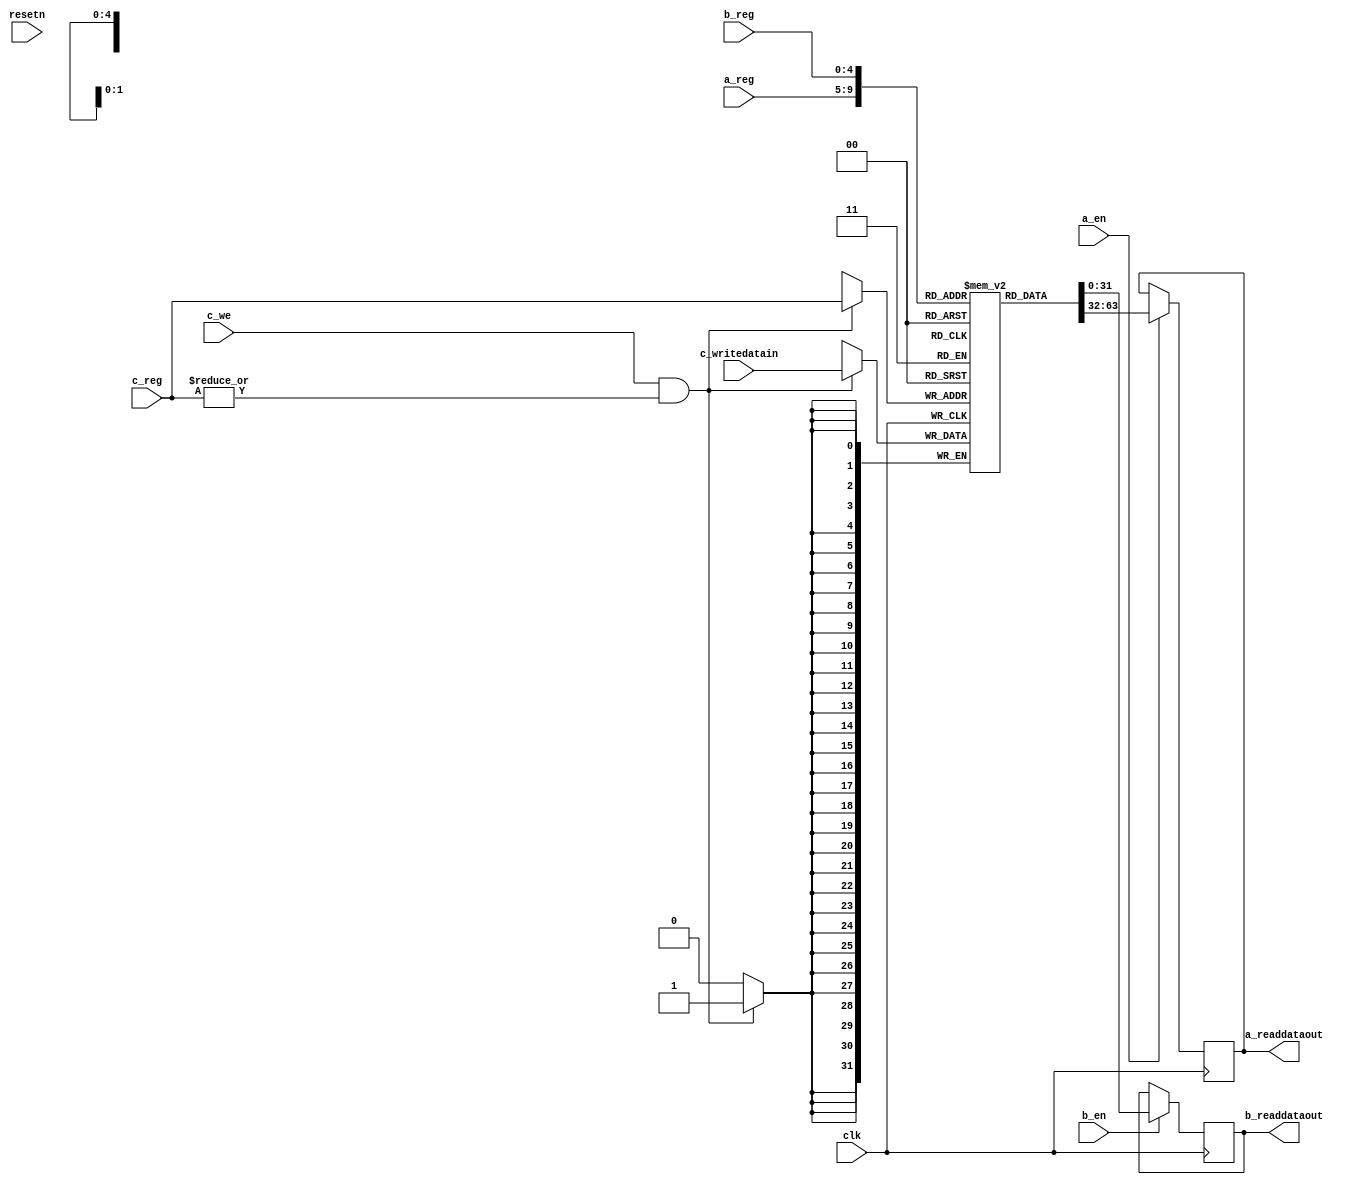
module reg_file_spree(clk,resetn, 
	a_reg, a_readdataout, a_en,
	b_reg, b_readdataout, b_en,
	c_reg, c_writedatain, c_we);

parameter WIDTH=32;
parameter NUMREGS=32;
parameter LOG2NUMREGS=5;

input clk;
input resetn;

input a_en;
input b_en;

input [LOG2NUMREGS-1:0] a_reg,b_reg,c_reg;
output [WIDTH-1:0] a_readdataout, b_readdataout;
input [WIDTH-1:0] c_writedatain;
input c_we;

reg [WIDTH-1:0] a_readdataout, b_readdataout;
reg [31:0] rf [31:0];
always @(posedge clk) begin
	if(a_en) begin
		a_readdataout <= rf[a_reg];
	end

	if(b_en) begin
		b_readdataout <= rf[b_reg];
	end

	if(c_we&(|c_reg)) begin
		rf[c_reg] <= c_writedatain;
	end
end

/*
	altsyncram	reg_file1(
				.wren_a (c_we&(|c_reg)),
				.clock0 (clk),
        .clock1 (clk),
        .clocken1 (a_en),
				.address_a (c_reg[LOG2NUMREGS-1:0]),
				.address_b (a_reg[LOG2NUMREGS-1:0]),
				.data_a (c_writedatain),
				.q_b (a_readdataout)
        // synopsys translate_off
        ,
        .aclr0 (1'b0),
        .aclr1 (1'b0),
        .byteena_a (1'b1),
        .byteena_b (1'b1),
        .data_b (32'b11111111),
        .wren_b (1'b0),
        .rden_b(1'b1),
        .q_a (),
        .clocken0 (1'b1),
        .addressstall_a (1'b0),
        .addressstall_b (1'b0)
        // synopsys translate_on
    );
	defparam
		reg_file1.operation_mode = "DUAL_PORT",
		reg_file1.width_a = WIDTH,
		reg_file1.widthad_a = LOG2NUMREGS,
		reg_file1.numwords_a = NUMREGS,
		reg_file1.width_b = WIDTH,
		reg_file1.widthad_b = LOG2NUMREGS,
		reg_file1.numwords_b = NUMREGS,
		reg_file1.lpm_type = "altsyncram",
		reg_file1.width_byteena_a = 1,
		reg_file1.outdata_reg_b = "UNREGISTERED",
		reg_file1.indata_aclr_a = "NONE",
		reg_file1.wrcontrol_aclr_a = "NONE",
		reg_file1.address_aclr_a = "NONE",
		reg_file1.rdcontrol_reg_b = "CLOCK1",
		reg_file1.address_reg_b = "CLOCK1",
		reg_file1.address_aclr_b = "NONE",
		reg_file1.outdata_aclr_b = "NONE",
		reg_file1.read_during_write_mode_mixed_ports = "OLD_DATA",
		reg_file1.ram_block_type = "AUTO",
		reg_file1.intended_device_family = "Stratix";

		//Reg file duplicated to avoid contention between 2 read
		//and 1 write
	altsyncram	reg_file2(
				.wren_a (c_we&(|c_reg)),
				.clock0 (clk),
        .clock1 (clk),
        .clocken1 (b_en),
				.address_a (c_reg[LOG2NUMREGS-1:0]),
				.address_b (b_reg[LOG2NUMREGS-1:0]),
				.data_a (c_writedatain),
				.q_b (b_readdataout)
        // synopsys translate_off
        ,
        .aclr0 (1'b0),
        .aclr1 (1'b0),
        .byteena_a (1'b1),
        .byteena_b (1'b1),
        .data_b (32'b11111111),
        .rden_b(1'b1),
        .wren_b (1'b0),
        .q_a (),
        .clocken0 (1'b1),
        .addressstall_a (1'b0),
        .addressstall_b (1'b0)
        // synopsys translate_on
    );
	defparam
		reg_file2.operation_mode = "DUAL_PORT",
		reg_file2.width_a = WIDTH,
		reg_file2.widthad_a = LOG2NUMREGS,
		reg_file2.numwords_a = NUMREGS,
		reg_file2.width_b = WIDTH,
		reg_file2.widthad_b = LOG2NUMREGS,
		reg_file2.numwords_b = NUMREGS,
		reg_file2.lpm_type = "altsyncram",
		reg_file2.width_byteena_a = 1,
		reg_file2.outdata_reg_b = "UNREGISTERED",
		reg_file2.indata_aclr_a = "NONE",
		reg_file2.wrcontrol_aclr_a = "NONE",
		reg_file2.address_aclr_a = "NONE",
		reg_file2.rdcontrol_reg_b = "CLOCK1",
		reg_file2.address_reg_b = "CLOCK1",
		reg_file2.address_aclr_b = "NONE",
		reg_file2.outdata_aclr_b = "NONE",
		reg_file2.read_during_write_mode_mixed_ports = "OLD_DATA",
		reg_file2.ram_block_type = "AUTO",
		reg_file2.intended_device_family = "Stratix";
*/
endmodule